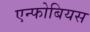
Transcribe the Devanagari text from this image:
एन्फोबियस